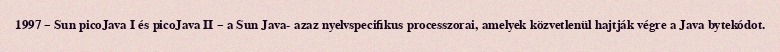
1997 – Sun picoJava I és picoJava II – a Sun Java- azaz nyelvspecifikus processzorai, amelyek közvetlenül hajtják végre a Java bytekódot.